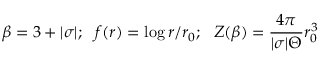
\beta = 3 + | \sigma | ; \, \, \, \, f ( r ) = \log r / r _ { 0 } ; \, \, \, \, Z ( \beta ) = \frac { 4 \pi } { | \sigma | { \Theta } } r _ { 0 } ^ { 3 }